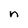
Character: n